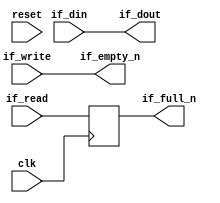
`timescale 1 ns / 1 ps
// ==================================================
// RTL generated by RapidStream
//
// Copyright 2024 RapidStream Design Automation, Inc.
// All Rights Reserved.
// ==================================================
module __rs_hs_pipeline_head #(
    parameter DATA_WIDTH = 32,
    parameter PIPELINE_READY = 1,
    parameter PIPELINE_VALID_AND_DATA = 0,
    parameter __REGION = ""
) (
    // pragma RS clk port=clk
    input wire clk,
    // pragma RS rst port=reset active=high
    input wire reset,
    // inbound
    // pragma RS handshake valid=if_write ready=if_full_n data=if_din
    output wire                  if_full_n,
    input  wire                  if_write,
    input  wire [DATA_WIDTH-1:0] if_din,
    // outbound
    // pragma RS handshake valid=if_empty_n ready=if_read data=if_dout
    output wire                  if_empty_n,
    input  wire                  if_read,
    output wire [DATA_WIDTH-1:0] if_dout
);
    generate
        if (PIPELINE_VALID_AND_DATA == 1) begin
            (* KEEP = "true" *) reg [DATA_WIDTH-1:0] if_din_reg;
            (* KEEP = "true" *) reg if_write_reg;
            always @ (posedge clk) begin
                if_din_reg <= if_din;
                if_write_reg <= if_write;
            end
            assign if_dout = if_din_reg;
            assign if_empty_n = if_write_reg;
        end
        else begin
            assign if_dout = if_din;
            assign if_empty_n = if_write;
        end
        if (PIPELINE_READY == 1) begin
            (* KEEP = "true" *) reg if_read_reg;
            always @ (posedge clk) begin
                if_read_reg <= if_read;
            end
            assign if_full_n = if_read_reg;
        end
        else begin
            assign if_full_n = if_read;
        end
    endgenerate
endmodule